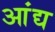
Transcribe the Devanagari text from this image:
आंद्य